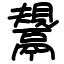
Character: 鬹